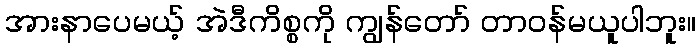
အားနာပေမယ့် အဲဒီကိစ္စကို ကျွန်တော် တာဝန်မယူပါဘူး။